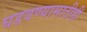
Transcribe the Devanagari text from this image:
घडवण्यासाठीही